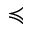
\preccurlyeq